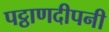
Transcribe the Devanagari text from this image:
पट्ठाणदीपनी